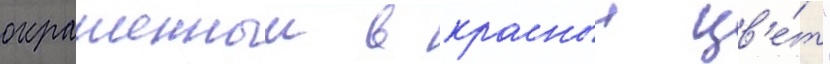
окрашенныи в красныи цв'е́т"